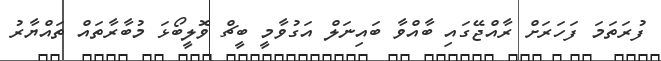
ފުރަތަމަ ފަހަރަށް ރާއްޖޭގައި ބާއްވާ ބައިނަލް އަގުވާމީ ބީޗް ވޮލީބޯޅަ މުބާރާތައް ތައްޔާރު